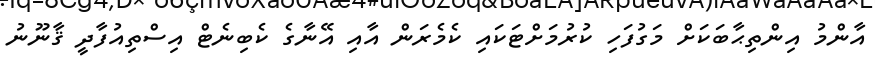
އާންމު އިންތިޙާބަކަށް މަގުފަހި ކުރުމަށްޓަކައި ކެމެރަން އާއި އޭނާގެ ކެބިނެޓް އިސްތިއުފާދީ ޤާނޫނު